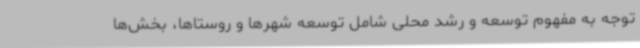
توجه به مفهوم توسعه و رشد محلی شامل توسعه شهرها و روستاها، بخش‌ها